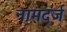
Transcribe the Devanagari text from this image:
नामदर्ज